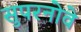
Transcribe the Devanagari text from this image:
सुपरनोवे